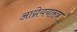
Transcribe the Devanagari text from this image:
आग्नेययास्त्र